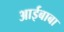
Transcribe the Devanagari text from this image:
आईबाबा